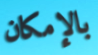
بالإمكان